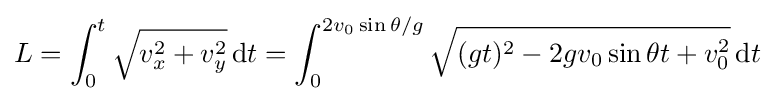
L=\int _{0}^{t}{\sqrt {v_{x}^{2}+v_{y}^{2}}}\,\mathrm {d} t=\int _{0}^{2v_{0}\sin \theta /g}{\sqrt {(gt)^{2}-2gv_{0}\sin \theta t+v_{0}^{2}}}\,\mathrm {d} t